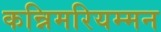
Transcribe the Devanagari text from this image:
कन्निमरियम्मन